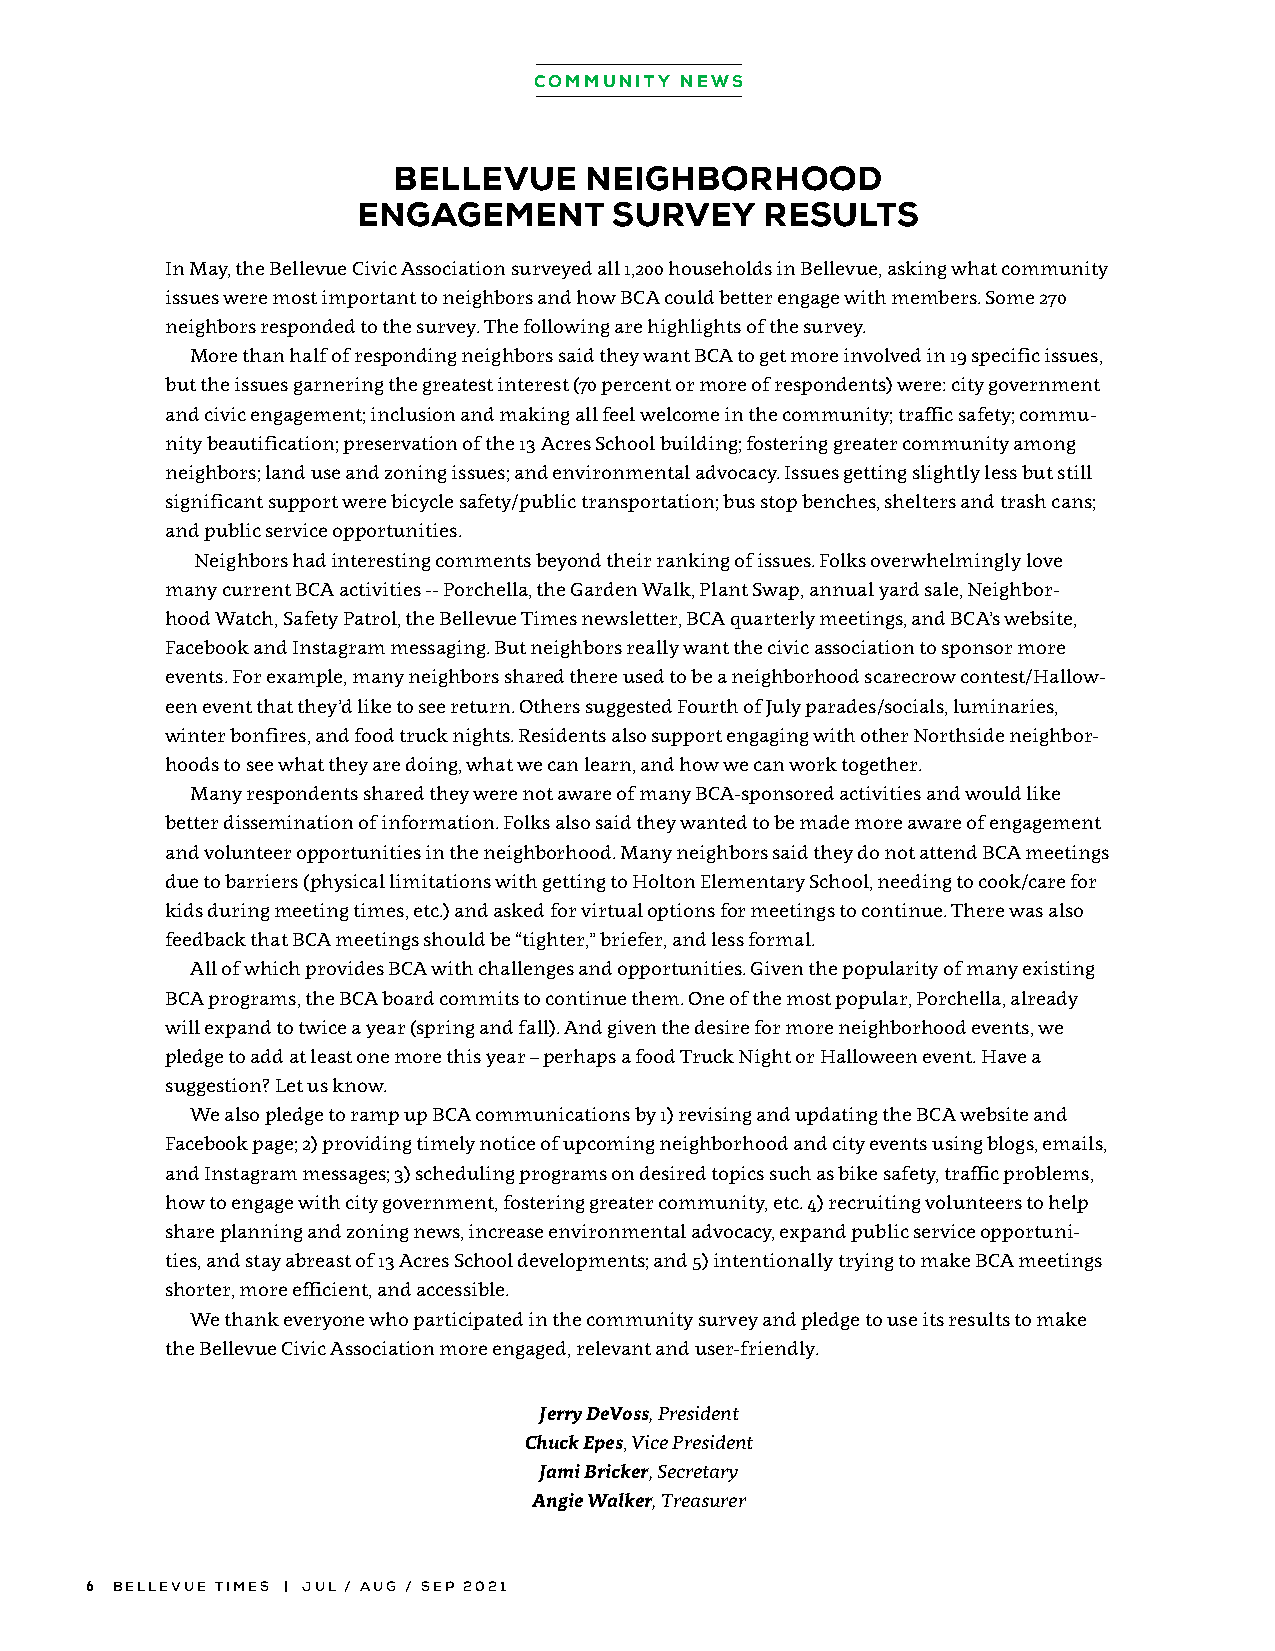
COMMUNITY NEWS
 BELLEVUE     NEIGHBORHOOD
 ENGAGEMENT       SURVEY    RESULTS
 In May, the Bellevue Civic Association surveyed all 1,200 households in Bellevue, asking what community
 issues were most important to neighbors and how BCA could better engage with members. Some 270
 neighbors responded to the survey. The following are highlights of the survey.
 More than half of responding neighbors said they want BCA to get more involved in 19 specific issues,
 but the issues garnering the greatest interest (70 percent or more of respondents) were: city government
 and civic engagement; inclusion and making all feel welcome in the community; traffic safety; commu-
 nity beautification; preservation of the 13 Acres School building; fostering greater community among
 neighbors; land use and zoning issues; and environmental advocacy. Issues getting slightly less but still
 significant support were bicycle safety/public transportation; bus stop benches, shelters and trash cans;
 and public service opportunities.
 Neighbors had interesting comments beyond their ranking of issues. Folks overwhelmingly love
 many current BCA activities -- Porchella, the Garden Walk, Plant Swap, annual yard sale, Neighbor-
 hood Watch, Safety Patrol, the Bellevue Times newsletter, BCA quarterly meetings, and BCA’s website,
 Facebook and Instagram messaging. But neighbors really want the civic association to sponsor more
 events. For example, many neighbors shared there used to be a neighborhood scarecrow contest/Hallow-
 een event that they’d like to see return. Others suggested Fourth of July parades/socials, luminaries,
 winter bonfires, and food truck nights. Residents also support engaging with other Northside neighbor-
 hoods to see what they are doing, what we can learn, and how we can work together.
 Many respondents shared they were not aware of many BCA-sponsored activities and would like
 better dissemination of information. Folks also said they wanted to be made more aware of engagement
 and volunteer opportunities in the neighborhood. Many neighbors said they do not attend BCA meetings
 due to barriers (physical limitations with getting to Holton Elementary School, needing to cook/care for
 kids during meeting times, etc.) and asked for virtual options for meetings to continue. There was also
 feedback that BCA meetings should be “tighter,” briefer, and less formal.
 All of which provides BCA with challenges and opportunities. Given the popularity of many existing
 BCA programs, the BCA board commits to continue them. One of the most popular, Porchella, already
 will expand to twice a year (spring and fall). And given the desire for more neighborhood events, we
 pledge to add at least one more this year – perhaps a food Truck Night or Halloween event. Have a
 suggestion? Let us know.
 We also pledge to ramp up BCA communications by 1) revising and updating the BCA website and
 Facebook page; 2) providing timely notice of upcoming neighborhood and city events using blogs, emails,
 and Instagram messages; 3) scheduling programs on desired topics such as bike safety, traffic problems,
 how to engage with city government, fostering greater community, etc. 4) recruiting volunteers to help
 share planning and zoning news, increase environmental advocacy, expand public service opportuni-
 ties, and stay abreast of 13 Acres School developments; and 5) intentionally trying to make BCA meetings
 shorter, more efficient, and accessible.
 We thank everyone who participated in the community survey and pledge to use its results to make
 the Bellevue Civic Association more engaged, relevant and user-friendly.
 Jerry DeVoss, President
 Chuck Epes, Vice President
 Jami Bricker, Secretary
 Angie Walker, Treasurer
 6 BELLEVUE TIMES | JUL / AUG / SEP 2021